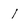
Character: 1